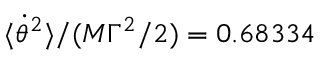
\langle \dot { \theta } ^ { 2 } \rangle / ( M \Gamma ^ { 2 } / 2 ) = 0 . 6 8 3 3 4